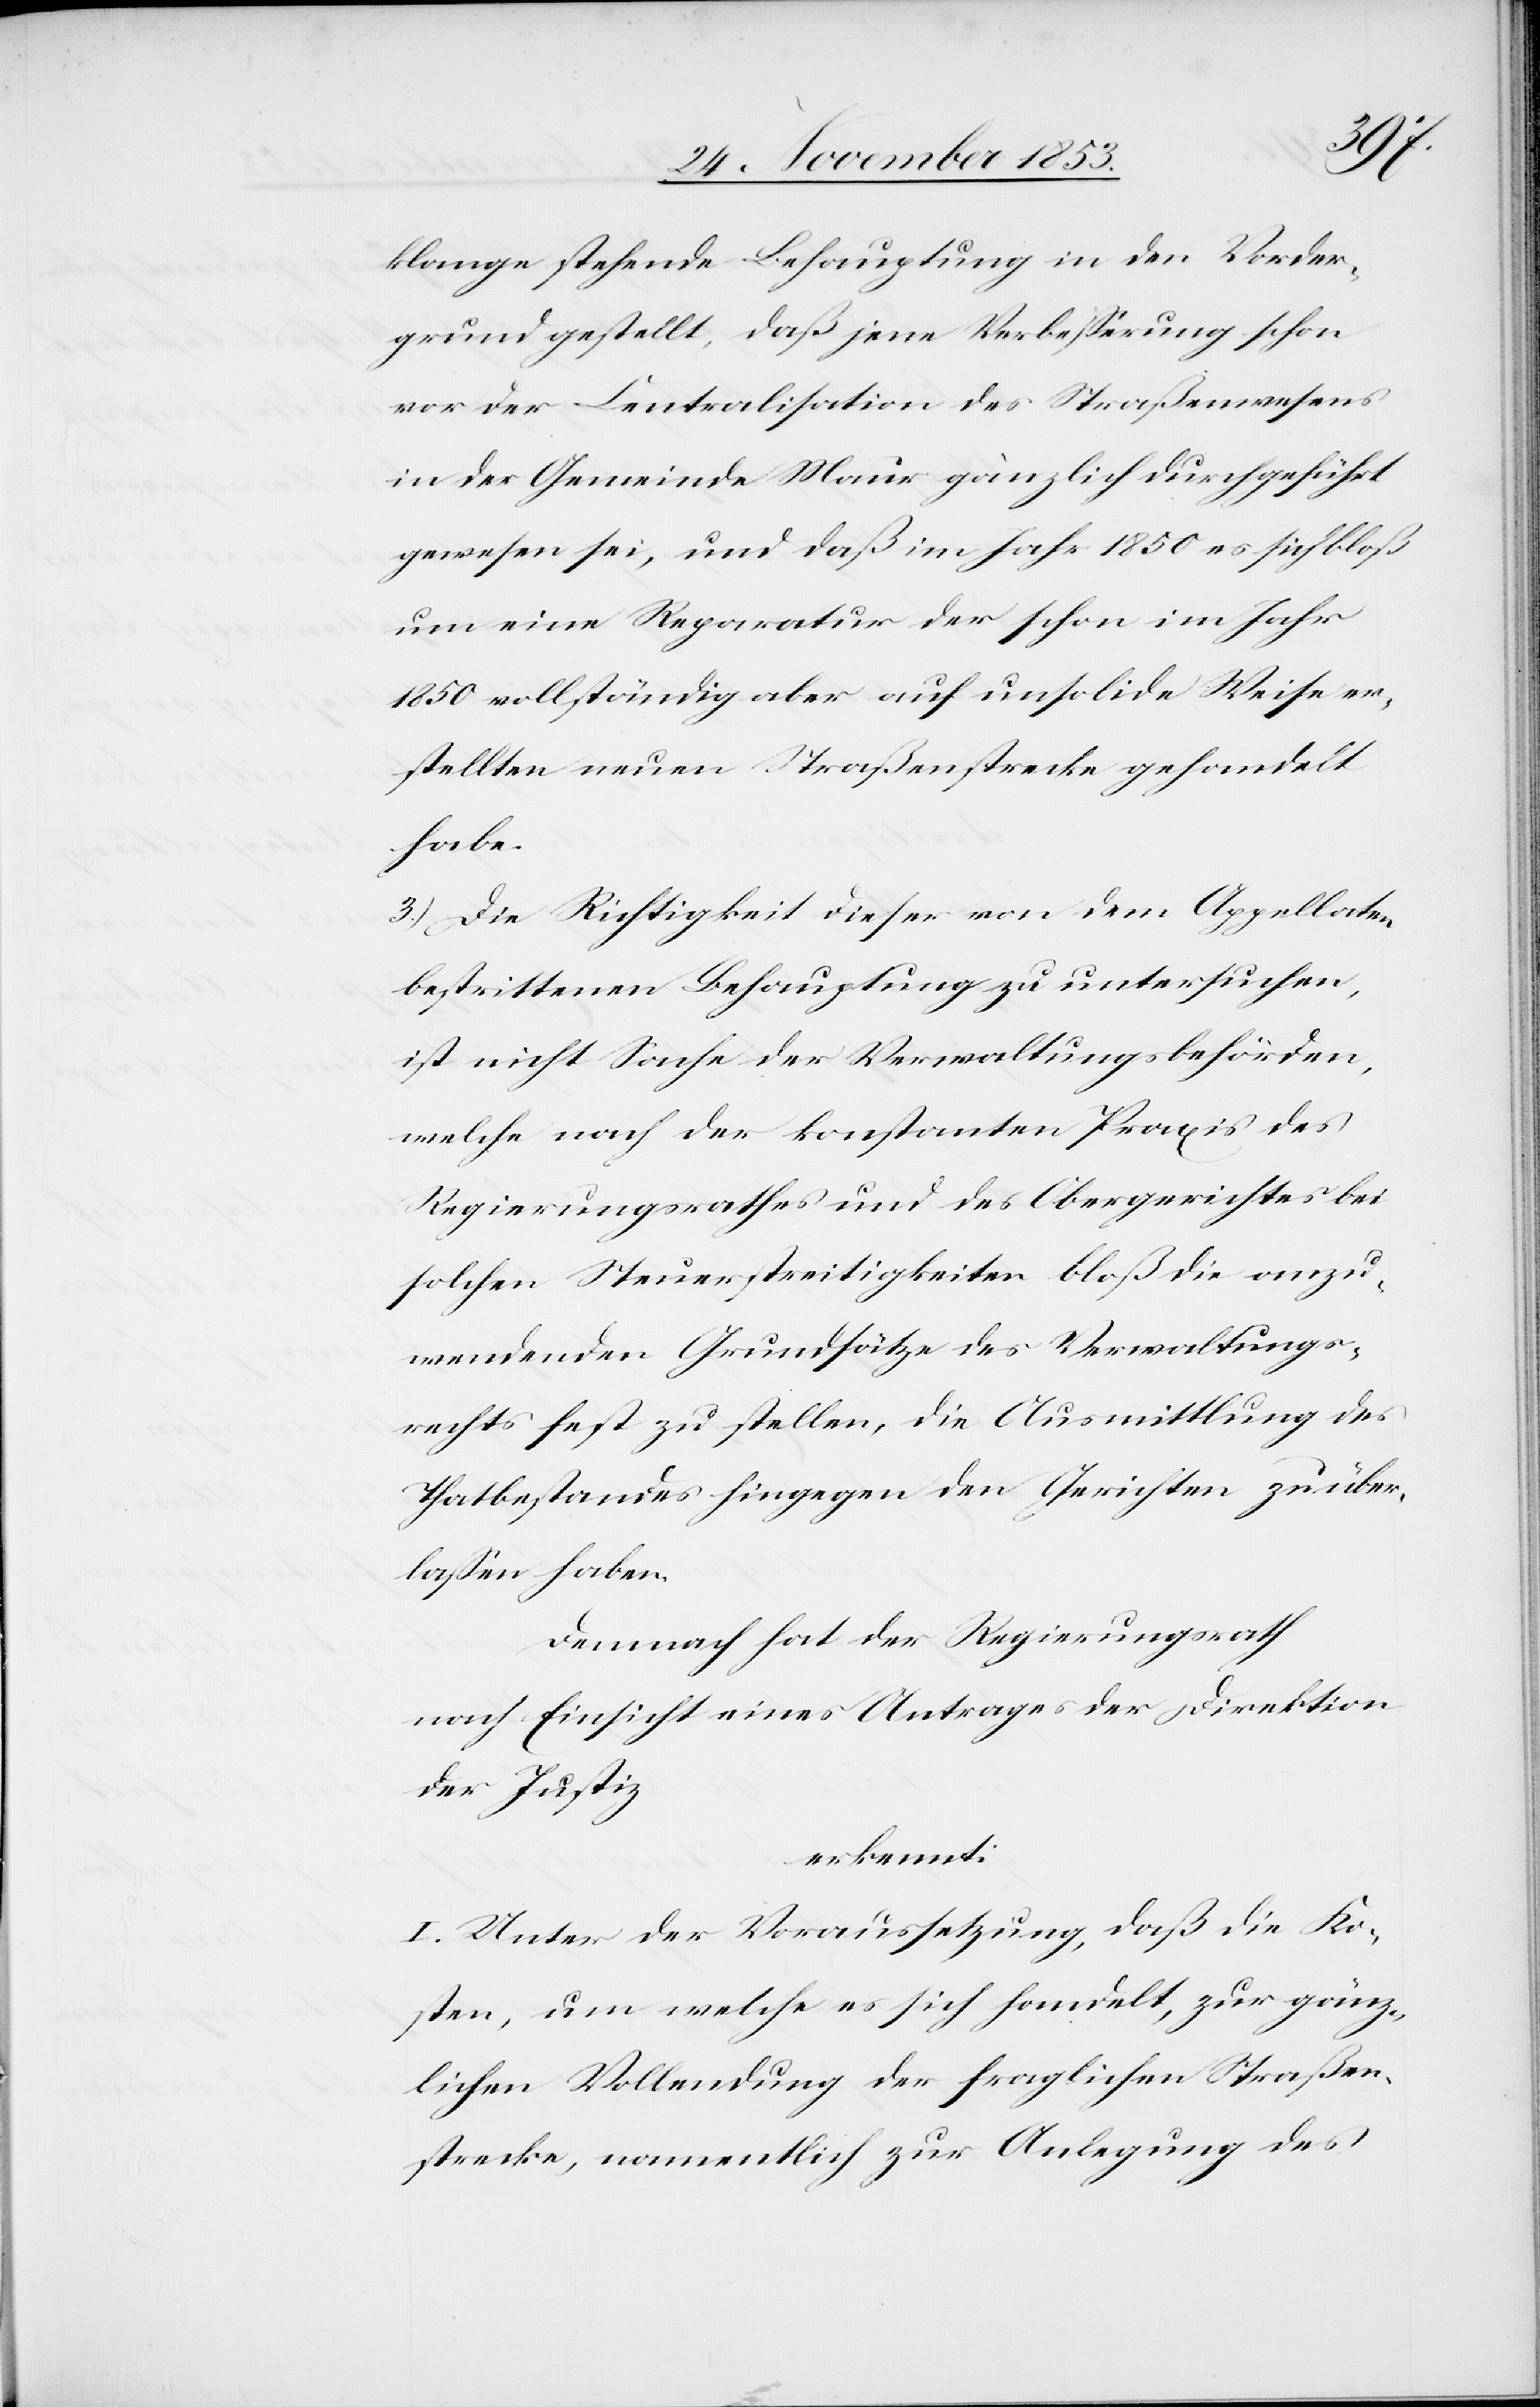
klange stehende Behauptung in den Vorder¬
grund gestellt, daß jene Verbeßerung schon
vor der Centralisation des Straßenwesens
in der Gemeinde Maur gänzlich durchgeführt
gewesen sei, und daß im Jahre 1850 es sich bloß
um eine Reparatur der schon im Jahr
1850 vollständig aber auf unsolide Weise er¬
stellten neuen Straßenstrecke gehandelt
habe.
3.) Die Richtigkeit dieser von dem Appellaten
bestrittenen Behauptung zu untersuchen,
ist nicht Sache der Verwaltungsbehörden,
welche nach der konstanten Praxis des
Regierungsrathes und des Obergerichtes bei
solchen Steuerstreitigkeiten bloß die anzu¬
wendenden Grundsätze des Verwaltungs¬
rechtes fest zu stellen, die Ausmittlung des
Thatbestandes hingegen den Gerichten zu über¬
laßen haben.
Demnach hat der Regierungsrath
nach Einsicht eines Antrages der Direktion
der Justiz
erkennt:
I. Unter der Voraussetzung, daß die Ko¬
sten, um welche es sich handelt, zur gänz¬
lichen Vollendung der fraglichen Straßen¬
strecke, namentlich zur Anlegung des